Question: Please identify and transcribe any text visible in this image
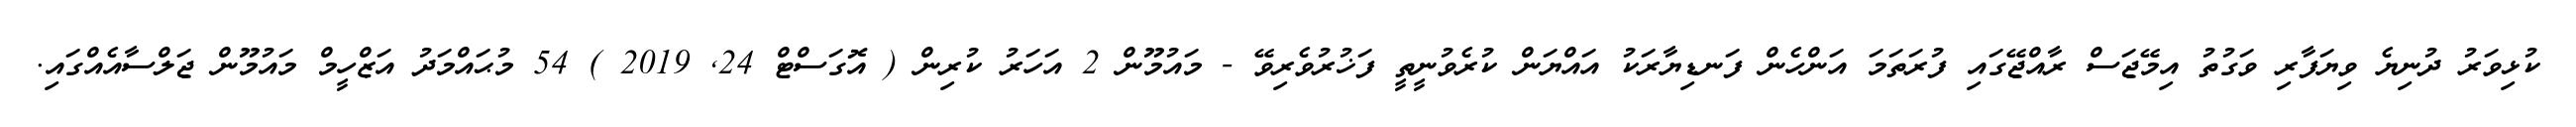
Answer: ކުޅިވަރު ދުނިޔެ ވިޔަފާރި ވަގުތު އިމޭޖަސް ރާއްޖޭގައި ފުރަތަމަ އަންހެން ފަނޑިޔާރަކު އައްޔަން ކުރެވުނީތީ ފަޚުރުވެރިވޭ - މައުމޫން 2 އަހަރު ކުރިން ( އޮގަސްޓް 24, 2019 ) 54 މުޙައްމަދު އަޒްހީމް މައުމޫން ޖަލްސާއެއްގައި.